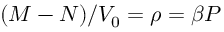
( M - N ) / V _ { 0 } = \rho = \beta P